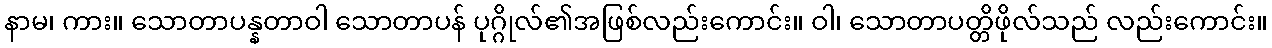
နာမ၊ ကား။ သောတာပန္နတာဝါ သောတာပန် ပုဂ္ဂိုလ်၏အဖြစ်လည်းကောင်း။ ဝါ၊ သောတာပတ္တိဖိုလ်သည် လည်းကောင်း။